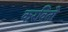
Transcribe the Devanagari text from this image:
करवितो